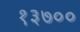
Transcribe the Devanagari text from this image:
१३७००